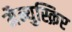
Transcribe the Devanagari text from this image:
मैन्युस्क्रिप्ट